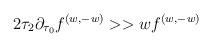
LaTeX: \begin{align*}{2\tau_2 \partial_{\tau_0} f^{(w, - w)} >> w f^{(w, - w)}}\end{align*}